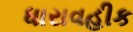
ધારાવહીક